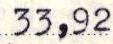
33,92